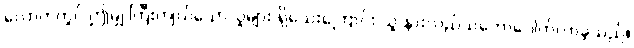
လောကတွင် ဤမျှ ကြီးကျယ်သောလူများ ရှိသေးကြောင်း သူ နားလည်သဘောပေါက်လာခဲ့သည်။